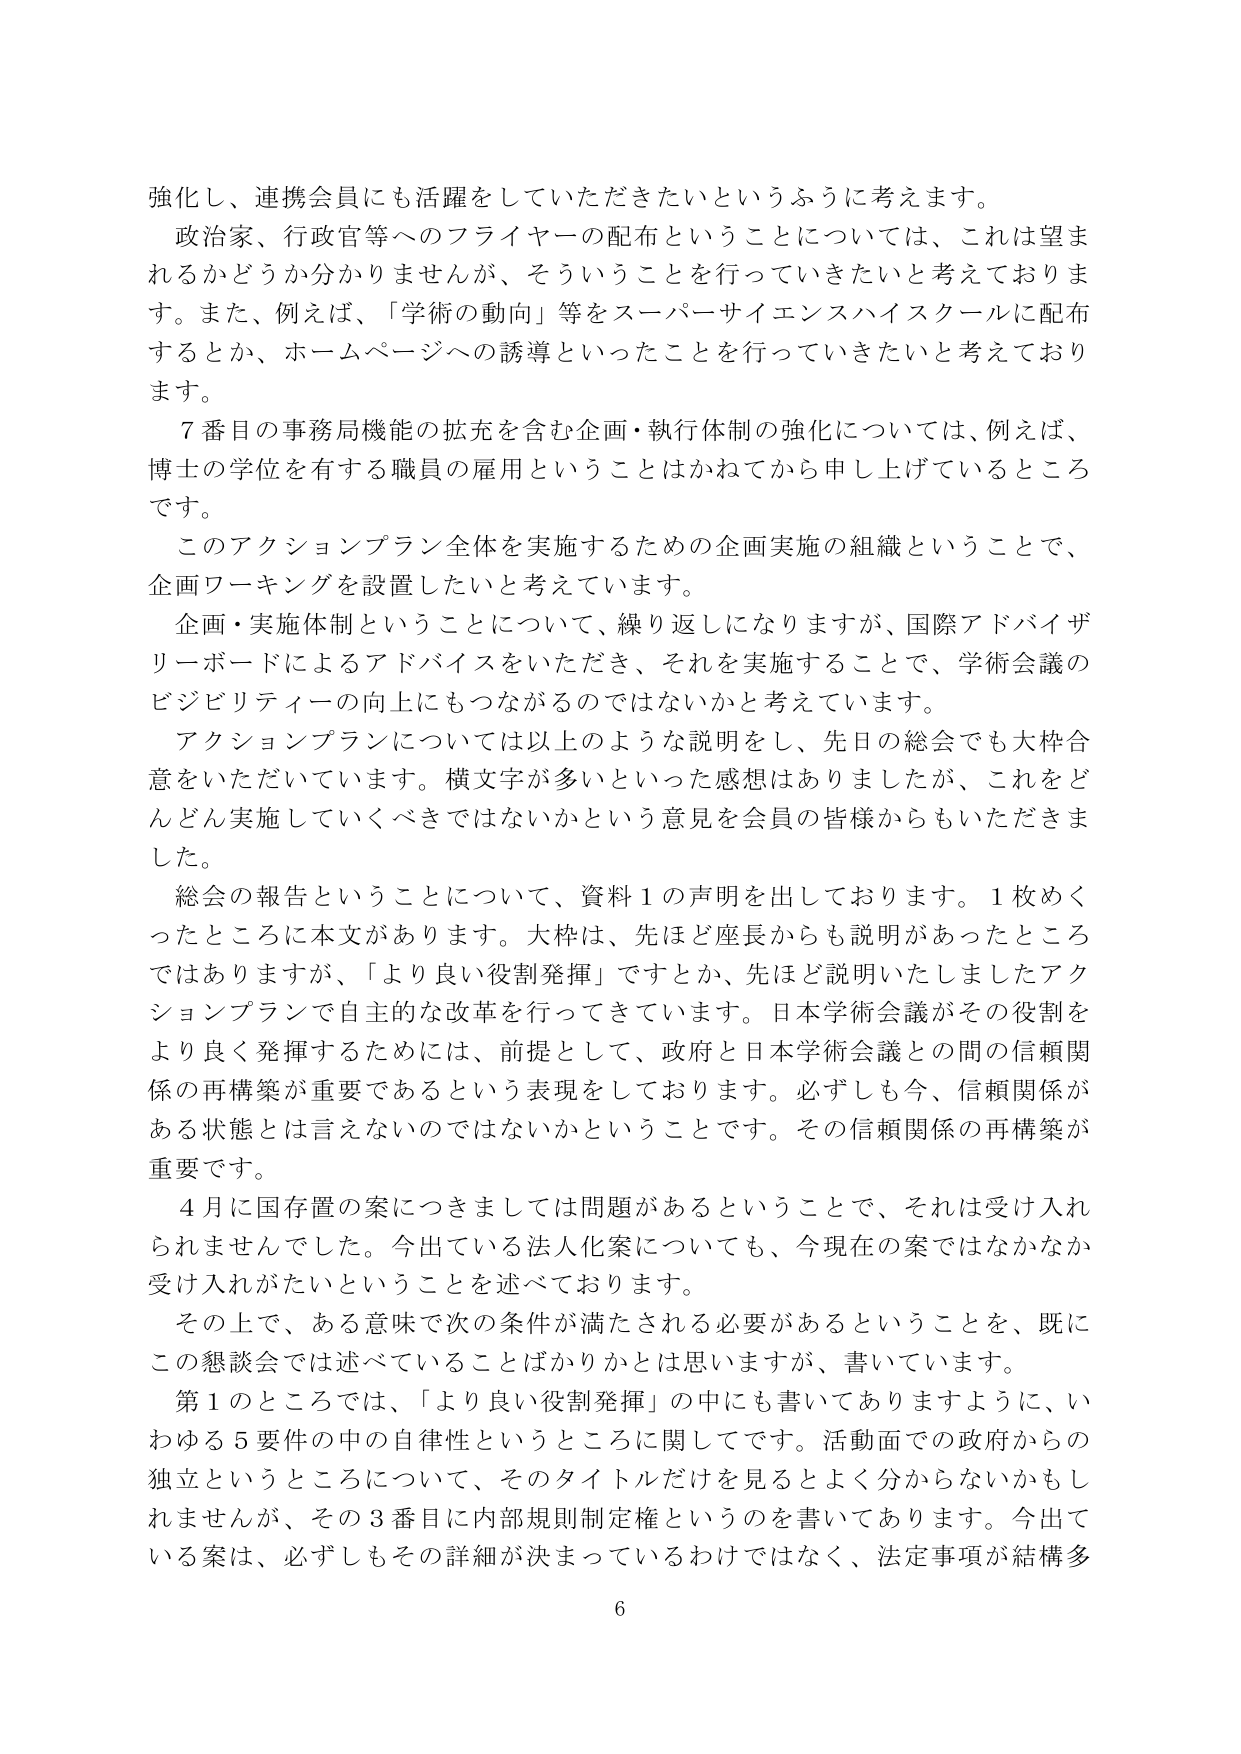
強化し、連携会員にも活躍をしていただきたいというふうに考えます。
政治家、行政官等へのフライヤーの配布ということについては、これは望まれるかどうか分かりませんが、そういうことを行っていきたいと考えております。また、例えば、「学術の動向」等をスーパーサイエンスハイスクールに配布するとか、ホームページへの誘導といったことを行っていきたいと考えております。
7番目の事務局機能の拡充を含む企画・執行体制の強化については、例えば、博士の学位を有する職員の雇用ということはかねてから申し上げているところです。
このアクションプラン全体を実施するための企画実施の組織ということで、企画ワーキングを設置したいと考えています。
企画・実施体制ということについて、繰り返しになりますが、国際アドバイザリーボードによるアドバイスをいただき、それを実施することで、学術会議のビジビリティーの向上にもつながるのではないかと考えています。
アクションプランについては以上のような説明をし、先日の総会でも大枠合意をいただいています。横文字が多いといった感想はありましたが、これをどんどん実施していくべきではないかという意見を会員の皆様からもいただきました。
総会の報告ということについて、資料1の声明を出しております。1枚めくったところに本文があります。大枠は、先ほど座長からも説明があったところではありますが、「より良い役割発揮」ですとか、先ほど説明いたしましたアクションプランで自主的な改革を行ってきています。日本学術会議がその役割をより良く発揮するためには、前提として、政府と日本学術会議との間の信頼関係の再構築が重要であるという表現をしております。必ずしも今、信頼関係がある状態とは言えないのではないかということです。その信頼関係の再構築が重要です。
4月に国存置の案につきましては問題があるということで、それは受け入れられませんでした。今出ている法人化案についても、今現在の案ではなかなか受け入れがたいということを述べております。
その上で、ある意味で次の条件が満たされる必要があるということを、既にこの懇談会では述べていることばかりかとは思いますが、書いています。
第1のところでは、「より良い役割発揮」の中にも書いてありますように、いわゆる5要件の中の自律性というところに関してです。活動面での政府からの独立というところについて、そのタイトルだけを見るとよく分からないかもしれませんが、その3番目に内部規則制定権というのを書いてあります。今出ている案は、必ずしもその詳細が決まっているわけではなく、法定事項が結構多
6